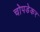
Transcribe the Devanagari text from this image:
चोपडेकर